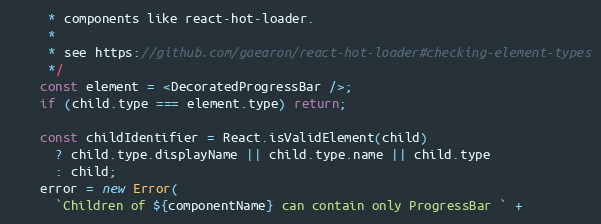
Language: JavaScript
     * components like react-hot-loader.
     *
     * see https://github.com/gaearon/react-hot-loader#checking-element-types
     */
    const element = <DecoratedProgressBar />;
    if (child.type === element.type) return;

    const childIdentifier = React.isValidElement(child)
      ? child.type.displayName || child.type.name || child.type
      : child;
    error = new Error(
      `Children of ${componentName} can contain only ProgressBar ` +